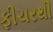
ફીચરથી